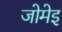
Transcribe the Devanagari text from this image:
जोमेइ